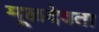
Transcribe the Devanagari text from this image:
मूळदेवता